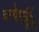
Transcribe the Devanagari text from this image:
चेषविक